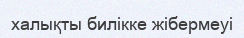
халықты билікке жібермеуі